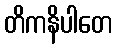
တိကနိပါတေ